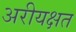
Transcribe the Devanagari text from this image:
अरीयक्षत